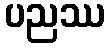
ပညဿ